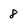
Character: 8